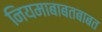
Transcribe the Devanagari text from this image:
नियमाबाबतबाबत